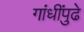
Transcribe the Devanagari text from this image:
गांधींपुढे